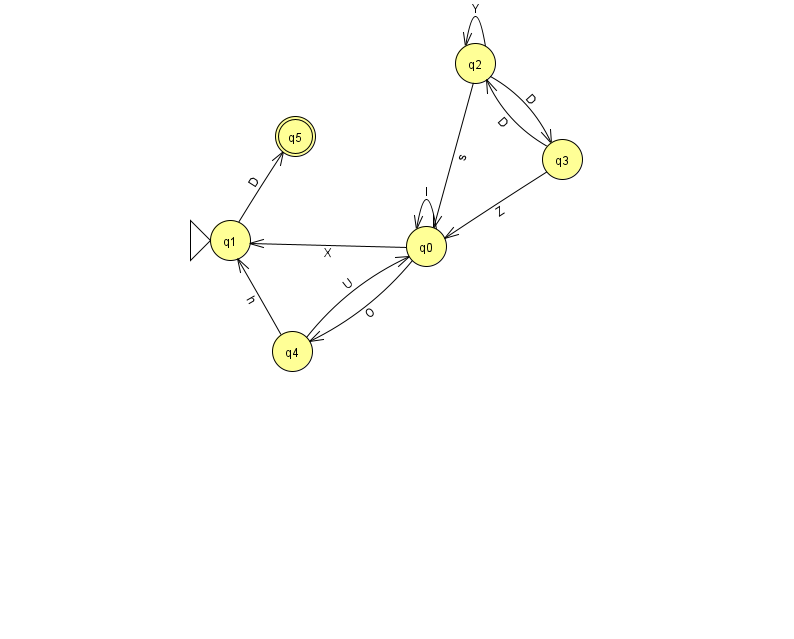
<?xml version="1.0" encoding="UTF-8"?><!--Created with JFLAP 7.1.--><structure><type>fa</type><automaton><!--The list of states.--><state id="0" name="q0"><x>426.0</x><y>233.0</y></state><state id="1" name="q1"><x>230.0</x><y>227.0</y><initial/></state><state id="2" name="q2"><x>475.0</x><y>50.0</y></state><state id="3" name="q3"><x>562.0</x><y>146.0</y></state><state id="4" name="q4"><x>292.0</x><y>338.0</y></state><state id="5" name="q5"><x>295.0</x><y>123.0</y><final/></state><!--The list of transitions.--><transition><from>4</from><to>0</to><read>U</read></transition><transition><from>0</from><to>4</to><read>O</read></transition><transition><from>2</from><to>3</to><read>D</read></transition><transition><from>3</from><to>2</to><read>D</read></transition><transition><from>0</from><to>0</to><read>I</read></transition><transition><from>2</from><to>0</to><read>s</read></transition><transition><from>2</from><to>2</to><read>Y</read></transition><transition><from>4</from><to>1</to><read>h</read></transition><transition><from>0</from><to>1</to><read>X</read></transition><transition><from>3</from><to>0</to><read>Z</read></transition><transition><from>1</from><to>5</to><read>D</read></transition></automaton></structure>